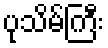
ပုသိမ်ကြီး